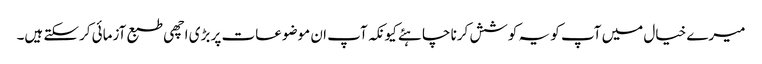
میرے خیال میں آپ کو یہ کوشش کرنا چاہئے کیونکہ آپ ان موضوعات پر بڑی اچھی طبع آزمائی کرسکتے ہیں۔